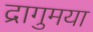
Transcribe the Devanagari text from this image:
द्रागुमया